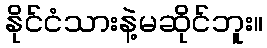
နိုင်ငံသားနဲ့မဆိုင်ဘူး။